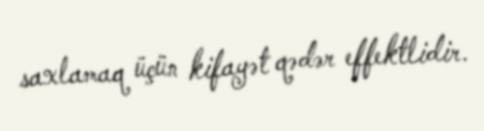
saxlamaq üçün kifayət qədər effektlidir.